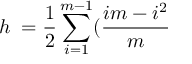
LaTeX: h _ { \mathbf { \Lambda } } = \frac { 1 } { 2 } \sum _ { i = 1 } ^ { m - 1 } ( \frac { i m - i ^ { 2 } } { m }